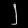
Digit: ၂